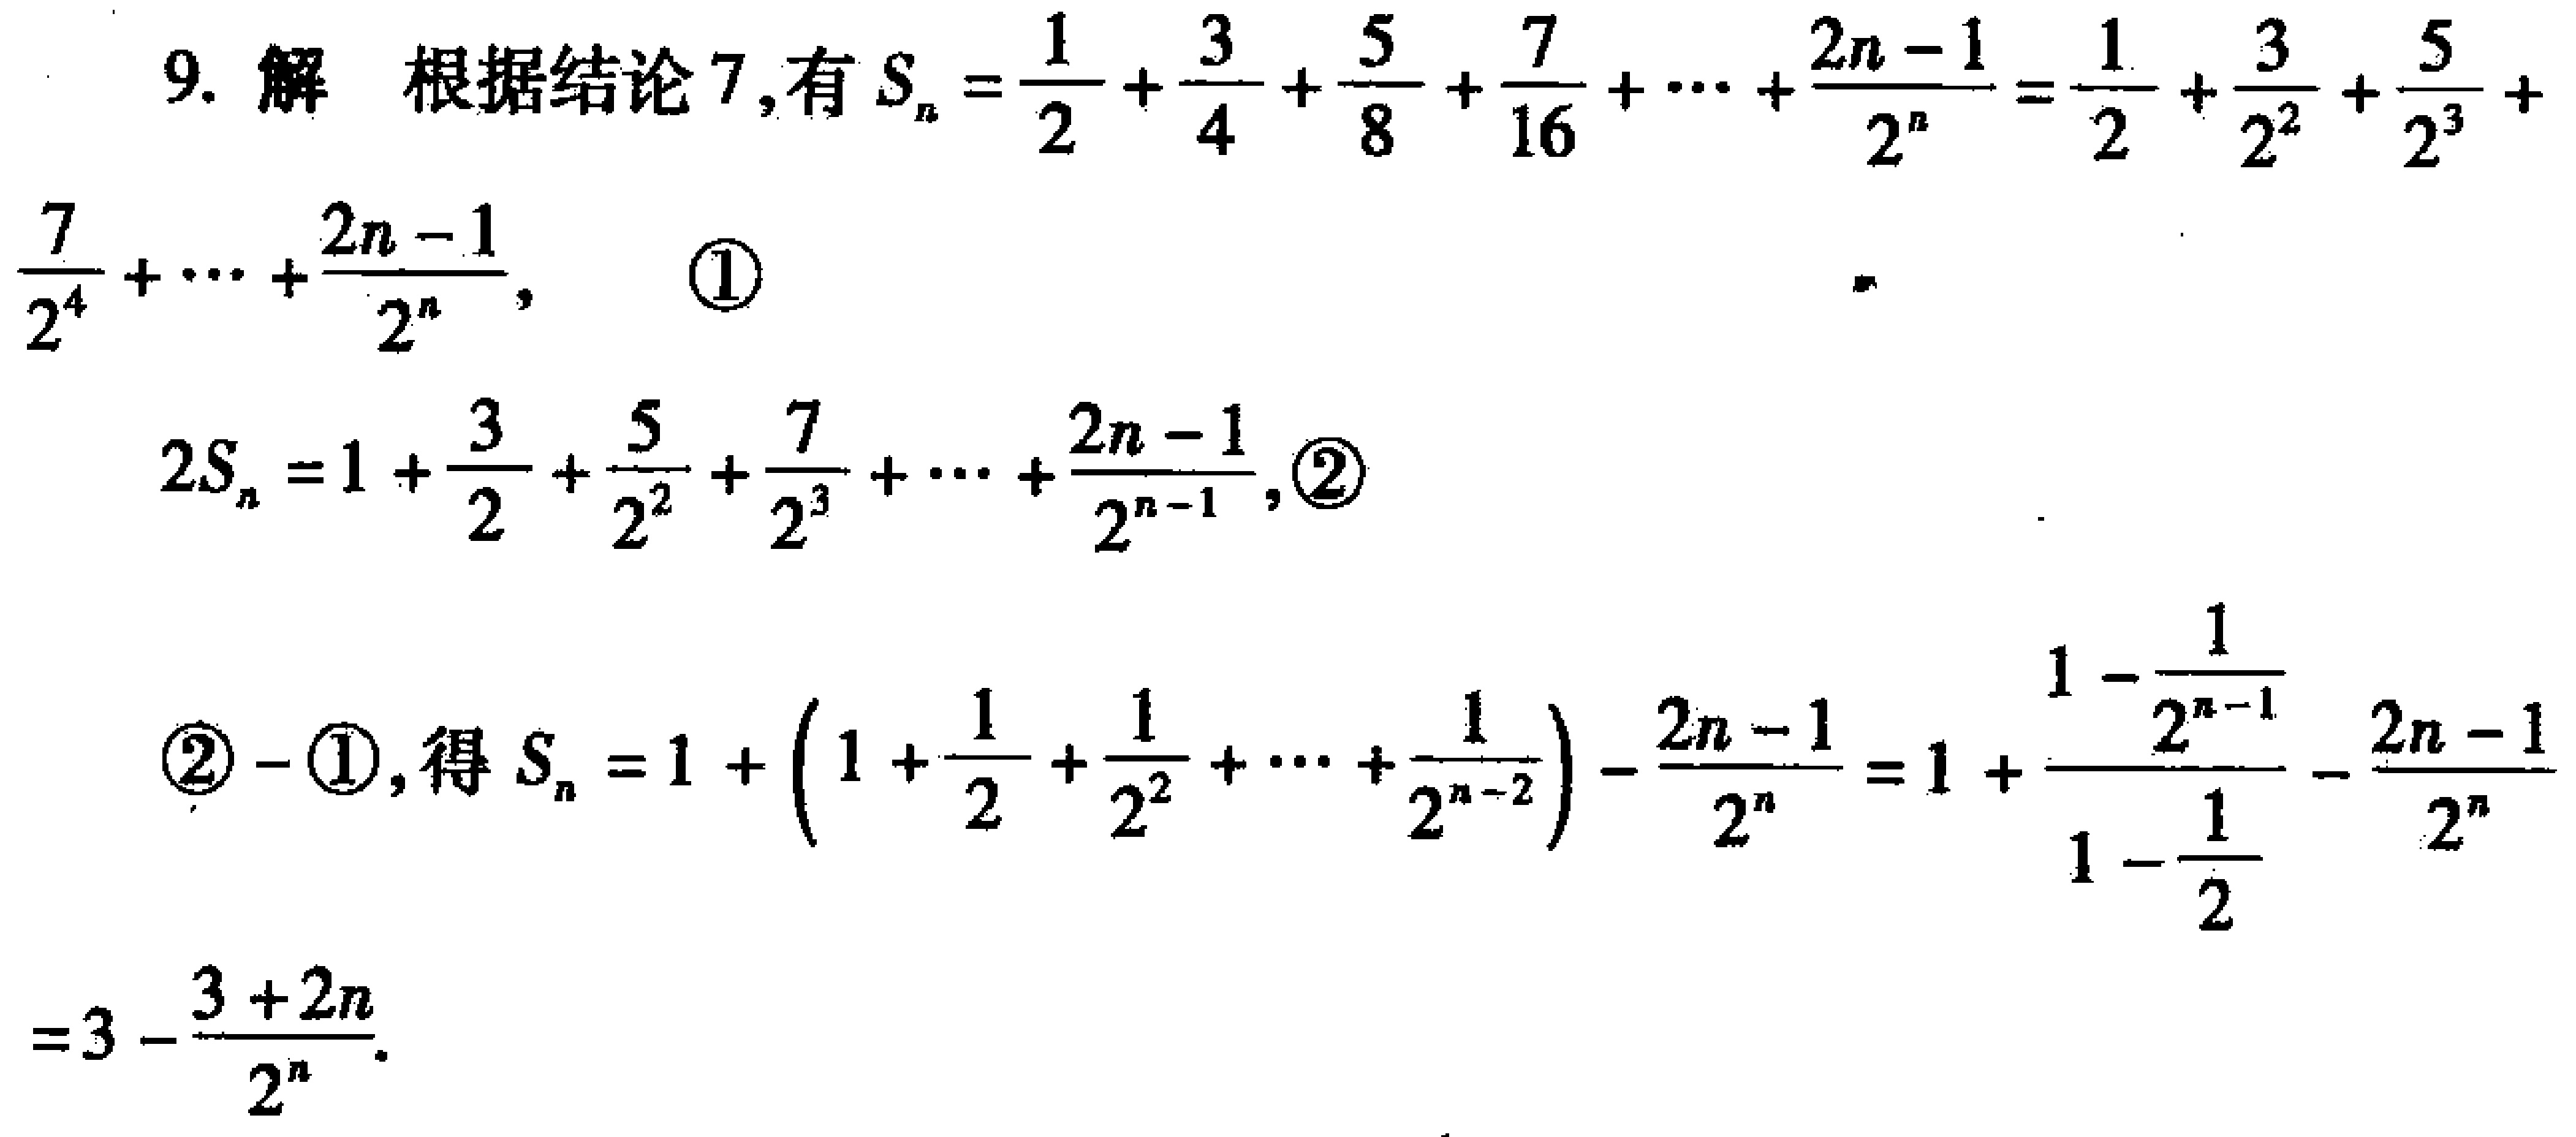
9. 解 根据结论 7, 有 \(S_{n}=\frac{1}{2}+\frac{3}{4}+\frac{5}{8}+\frac{7}{16}+\cdots+\frac{2n - 1}{2^{n}}=\frac{1}{2}+\frac{3}{2^{2}}+\frac{5}{2^{3}}+\frac{7}{2^{4}}+\cdots+\frac{2n - 1}{2^{n}}\), \textcircled{1}

\(2S_{n}=1+\frac{3}{2}+\frac{5}{2^{2}}+\frac{7}{2^{3}}+\cdots+\frac{2n - 1}{2^{n - 1}}\), \textcircled{2}

\textcircled{2} - \textcircled{1}, 得 \(S_{n}=1+\left(1+\frac{1}{2}+\frac{1}{2^{2}}+\cdots+\frac{1}{2^{n - 2}}\right)-\frac{2n - 1}{2^{n}}=1+\frac{1-\frac{1}{2^{n - 1}}}{1-\frac{1}{2}}-\frac{2n - 1}{2^{n}}\)

\(=3-\frac{3 + 2n}{2^{n}}\).